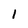
Character: l